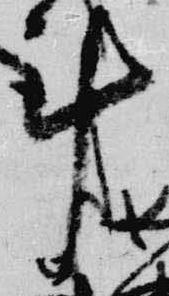
計